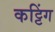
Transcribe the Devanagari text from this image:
कट्टिंग